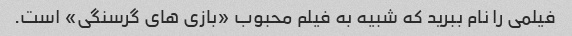
فیلمی را نام ببرید که شبیه به فیلم محبوب «بازی های گرسنگی» است.